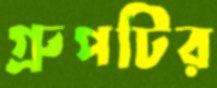
গ্রুপটির